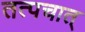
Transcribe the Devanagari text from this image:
तत्पचात्